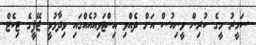
ސަމީރު މީގެ ކުރިން ވީނިއުސް އަށް ދެއްވި އިންޓަވިއުއެއްގައި ވިދާޅުވީ ޖޭޕީގެ ޓިކެޓް